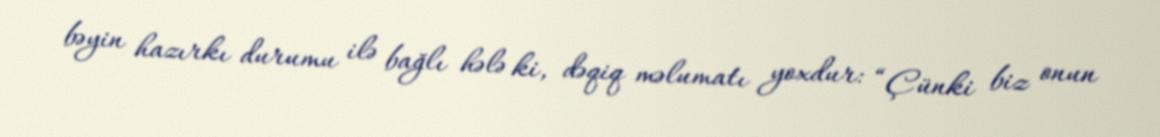
bəyin hazırkı durumu ilə bağlı hələ ki, dəqiq məlumatı yoxdur: “Çünki biz onun